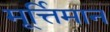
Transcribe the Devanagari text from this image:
मूर्त्तिमान